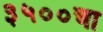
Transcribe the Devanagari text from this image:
३५००चा